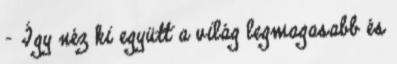
– Így néz ki együtt a világ legmagasabb és